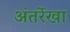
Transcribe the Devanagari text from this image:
अंतर्रेखा